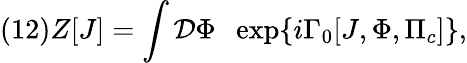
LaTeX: (12)Z[J]=\int{\cal D}\Phi\; \; \exp\{ i\Gamma_{0}[J,\Phi,\Pi_{c}]\} ,